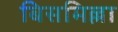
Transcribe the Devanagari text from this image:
बिसमिल्ला